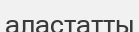
аластатты